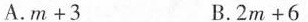
A.$$m + 3$$ B.$$2 m + 6%%